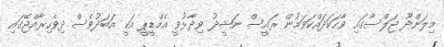
މިލަންދޫ ޖަލްސާގައި ވާހަކަދައްކަވަމުން ރައީސް ނަޝީދު ވިދާޅުވީ އެމްޑީޕީ އަކީ އަބަދުވެސް ދިވެހިރާއްޖޭގައި